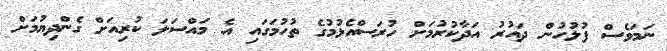
ނަމަވެސް ފުލުހުން ދައުރު އަދާކުރުމަށް ހުރަސްއެޅުމުގެ ތުހުމަގައި އެ މައްސަލަ ކުރިއަށް ގެންދިޔުމަށް